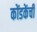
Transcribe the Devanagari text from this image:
कोंडकेंची